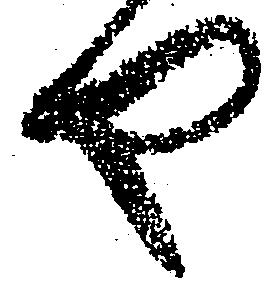
や